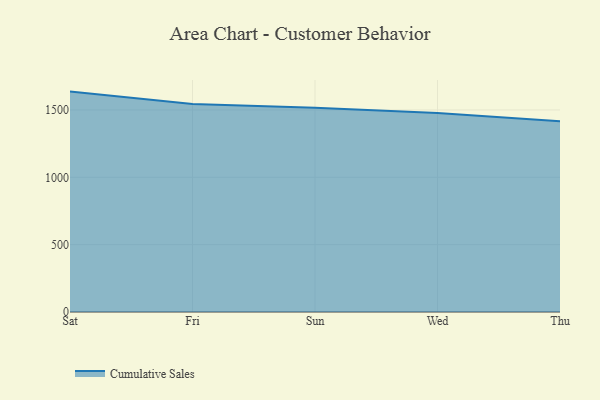
{"axis": {"x": "Day", "y": "Humidity (%)"}, "legend": ["Cumulative Sales"], "data": [{"x": "Sat", "y": 1636.2, "type": "Cumulative Sales"}, {"x": "Fri", "y": 1544.9, "type": "Cumulative Sales"}, {"x": "Sun", "y": 1517.1, "type": "Cumulative Sales"}, {"x": "Wed", "y": 1477.7, "type": "Cumulative Sales"}, {"x": "Thu", "y": 1416.4, "type": "Cumulative Sales"}]}